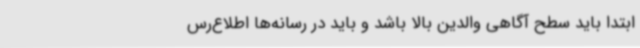
ابتدا باید سطح آگاهی والدین بالا باشد و باید در رسانه‌ها اطلاع‌رس